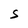
Character: S